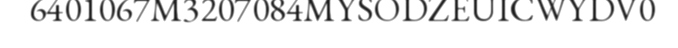
6401067M3207084MYSODZEUICWYDV0